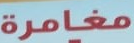
مغامرة